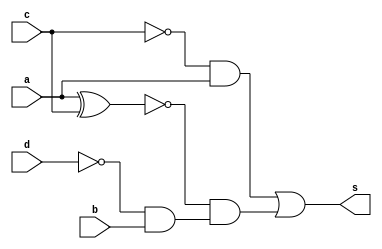
 // ------------------------- 
// Exemplo0035 - FullAdder 
// Nome: Lucas Cardoso 
// ------------------------- 
// ------------------------- 
// FullAdder
// ------------------------- 
module Comp (output s, 
input a,
input b, 
input c,
input d);
wire t1,t2,t3,not1,not2;
not NOT1 (not1,c);
not NOT2 (not2,d);
xnor XNOR1 (t1,a,c);
and AND1 (t2,not2,b);
and AND2 (t3,not1,a);
and AND3 (t4,t1,t2);
or OR2 (s,t3,t4);
endmodule//Comp

module testComp;
// ------------------------- definir dados 
reg x;
reg y;
reg w;
wire s;
reg z; 
Comp modulo ( s, x, y, w,z);
// ------------------------- parte principal 
initial begin 
$display("Exemplo0035 - Lucas Cardoso - 441694"); 
$display("Test AU's module"); 
x = 'b0 ;z = 'b0; y = 'b0;w = 'b0; 
// projetar testes do modulo 
$display("\na b c d iguas");
#1 $monitor("%b %b %b %b %b",w,x,y,z,s);
#1 x='b0;z = 'b0;y ='b0;w = 'b1;   
#1 x='b0;z = 'b0;y ='b1;w = 'b0; 
#1 x='b0;z = 'b0;y ='b1;w = 'b1; 
#1 x='b0;z = 'b1;y ='b0;w = 'b0;  
#1 x='b0;z = 'b1;y ='b0;w = 'b1;   
#1 x='b0;z = 'b1;y ='b1;w = 'b0; 
#1 x='b0;z = 'b1;y ='b1;w = 'b1; 

#1 x='b1;z = 'b0;y ='b0;w = 'b0;  
#1 x='b1;z = 'b0;y ='b0;w = 'b1;   
#1 x='b1;z = 'b0;y ='b1;w = 'b0; 
#1 x='b1;z = 'b0;y ='b1;w = 'b1; 

#1 x='b1;z = 'b1;y ='b0;w = 'b0; 
#1 x='b1;z = 'b1;y ='b0;w = 'b1;  
#1 x='b1;z = 'b1;y ='b1;w = 'b0;
#1 x='b1;z = 'b1;y ='b1;w = 'b1;

end 
endmodule // test